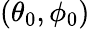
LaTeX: (\theta_{0},\phi_{0})